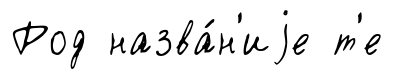
Род назва́н'иjе т'е